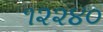
૧૨૨૪૦